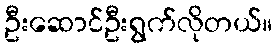
ဦးဆောင်ဦးရွက်လိုတယ်။